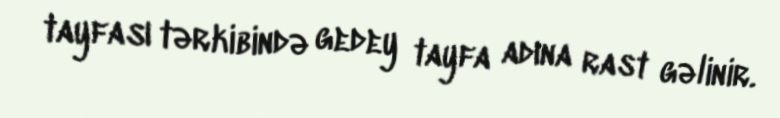
tayfası tərkibində gedey tayfa adına rast gəlinir.